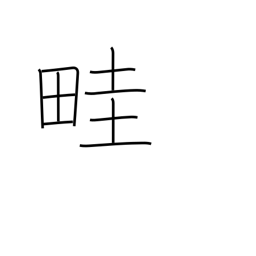
Meaning: rib